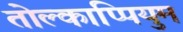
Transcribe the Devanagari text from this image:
तोल्काप्पियुम